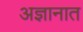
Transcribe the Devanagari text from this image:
अज्ञानात